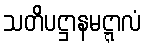
သတိပဋ္ဌာနမဋ္ဋာလံ